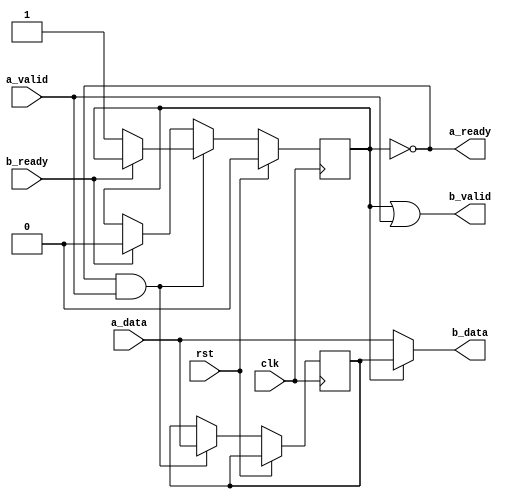
module fifo_1d_fwft (
    input  wire             clk,
    input  wire             rst,
    input  wire [WIDTH-1:0] a_data,
    input  wire             a_valid,
    output wire             a_ready,
    output wire [WIDTH-1:0] b_data,
    output wire             b_valid,
    input  wire             b_ready
);

    parameter WIDTH = 64;

    reg [WIDTH-1:0] fifo;
    reg fifo_full;
    always @(posedge clk) begin
        if (rst) begin
            fifo_full <= 1'b0;
        end
        else begin
            if (a_ready && a_valid) begin
                fifo <= a_data;
                if (!b_ready)
                    fifo_full <= 1'b1;
            end
            else if (b_ready)
                fifo_full <= 1'b0;
        end
    end
    assign b_valid = fifo_full || a_valid;
    assign b_data = fifo_full ? fifo : a_data;
    assign a_ready = !fifo_full;

endmodule